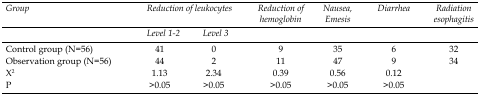
| Group | <COLSPAN=2> Reduction of leukocytes | Reduction of hemoglobin | Nausea, Emesis | Diarrhea | Radiation esophagitis |
 |  | Level 1-2 | Level 3 |
 | --- | --- | --- | --- | --- | --- | --- |
 | Control group (N=56) | 41 | 0 | 9 | 35 | 6 | 32 |
 | Observation group (N=56) | 44 | 2 | 11 | 47 | 9 | 34 |
 | X2 | 1.13 | 2.34 | 0.39 | 0.56 | 0.12 |  |
 | P | >0.05 | >0.05 | >0.05 | >0.05 | >0.05 |  |